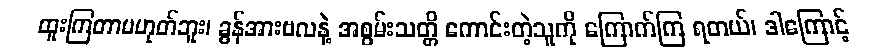
ထူးကြတာမဟုတ်ဘူး၊ ခွန်အားဗလနဲ့ အစွမ်းသတ္တိ ကောင်းတဲ့သူကို ကြောက်ကြ ရတယ်၊ ဒါကြောင့်